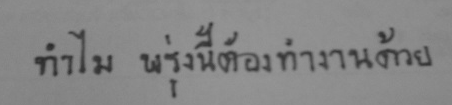
ทำไม พรุ่งนี้ต้องทำงานด้วย